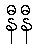
နီနီ